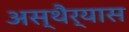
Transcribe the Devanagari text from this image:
अस्थैर्यास